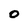
Character: 0